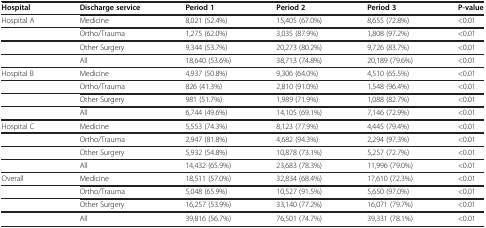
<table><thead><tr><td><b>Hospital</b></td><td><b>Discharge service</b></td><td><b>Period 1</b></td><td><b>Period 2</b></td><td><b>Period 3</b></td><td><b>P-value</b></td></tr></thead><tbody><tr><td>Hospital A</td><td>Medicine</td><td>8,021 (52.4%)</td><td>15,405 (67.0%)</td><td>8,655 (72.8%)</td><td>&lt;0.01</td></tr><tr><td> </td><td>Ortho/Trauma</td><td>1,275 (62.0%)</td><td>3,035 (87.9%)</td><td>1,808 (97.2%)</td><td>&lt;0.01</td></tr><tr><td> </td><td>Other Surgery</td><td>9,344 (53.7%)</td><td>20,273 (80.2%)</td><td>9,726 (83.7%)</td><td>&lt;0.01</td></tr><tr><td> </td><td>All</td><td>18,640 (53.6%)</td><td>38,713 (74.8%)</td><td>20,189 (79.6%)</td><td>&lt;0.01</td></tr><tr><td>Hospital B</td><td>Medicine</td><td>4,937 (50.8%)</td><td>9,306 (64.0%)</td><td>4,510 (65.5%)</td><td>&lt;0.01</td></tr><tr><td> </td><td>Ortho/Trauma</td><td>826 (41.3%)</td><td>2,810 (91.0%)</td><td>1,548 (96.4%)</td><td>&lt;0.01</td></tr><tr><td> </td><td>Other Surgery</td><td>981 (51.7%)</td><td>1,989 (71.9%)</td><td>1,088 (82.7%)</td><td>&lt;0.01</td></tr><tr><td> </td><td>All</td><td>6,744 (49.6%)</td><td>14,105 (69.1%)</td><td>7,146 (72.9%)</td><td>&lt;0.01</td></tr><tr><td>Hospital C</td><td>Medicine</td><td>5,553 (74.3%)</td><td>8,123 (77.9%)</td><td>4,445 (79.4%)</td><td>&lt;0.01</td></tr><tr><td> </td><td>Ortho/Trauma</td><td>2,947 (81.8%)</td><td>4,682 (94.3%)</td><td>2,294 (97.3%)</td><td>&lt;0.01</td></tr><tr><td> </td><td>Other Surgery</td><td>5,932 (54.8%)</td><td>10,878 (73.1%)</td><td>5,257 (72.7%)</td><td>&lt;0.01</td></tr><tr><td> </td><td>All</td><td>14,432 (65.9%)</td><td>23,683 (78.3%)</td><td>11,996 (79.0%)</td><td>&lt;0.01</td></tr><tr><td>Overall</td><td>Medicine</td><td>18,511 (57.0%)</td><td>32,834 (68.4%)</td><td>17,610 (72.3%)</td><td>&lt;0.01</td></tr><tr><td> </td><td>Ortho/Trauma</td><td>5,048 (65.9%)</td><td>10,527 (91.5%)</td><td>5,650 (97.0%)</td><td>&lt;0.01</td></tr><tr><td> </td><td>Other Surgery</td><td>16,257 (53.9%)</td><td>33,140 (77.2%)</td><td>16,071 (79.7%)</td><td>&lt;0.01</td></tr><tr><td> </td><td>All</td><td>39,816 (56.7%)</td><td>76,501 (74.7%)</td><td>39,331 (78.1%)</td><td>&lt;0.01</td></tr></tbody></table>